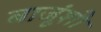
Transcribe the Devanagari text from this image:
बाजूंशी